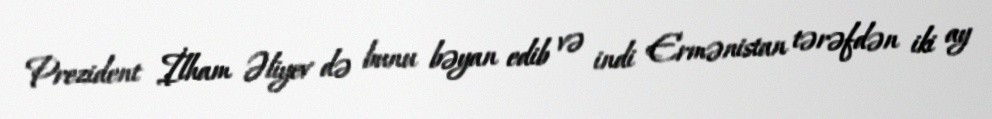
Prezident İlham Əliyev də bunu bəyan edib və indi Ermənistan tərəfdən iki ay